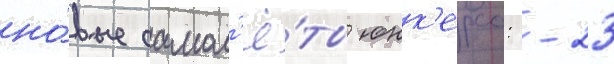
но́вые самол'ё́ты юнк'ерса: -23